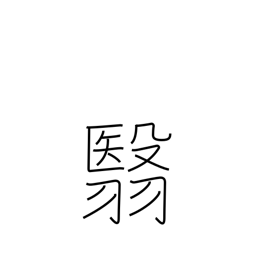
Meaning: hold aloft